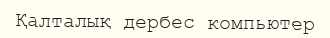
Қалталық дербес компьютер